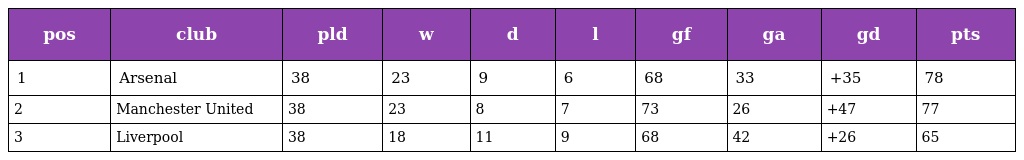
| pos | club | pld | w | d | l | gf | ga | gd | pts |
 | --- | --- | --- | --- | --- | --- | --- | --- | --- | --- |
 | 1 | Arsenal | 38 | 23 | 9 | 6 | 68 | 33 | +35 | 78 |
 | 2 | Manchester United | 38 | 23 | 8 | 7 | 73 | 26 | +47 | 77 |
 | 3 | Liverpool | 38 | 18 | 11 | 9 | 68 | 42 | +26 | 65 |